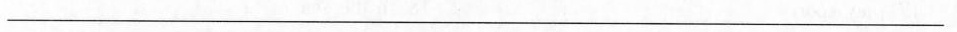
___